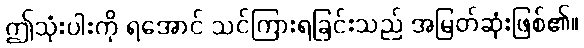
ဤသုံးပါးကို ရအောင် သင်ကြားရခြင်းသည် အမြတ်ဆုံးဖြစ်၏။